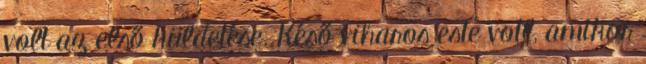
volt az első küldetése. Késő viharos este votl, amikor